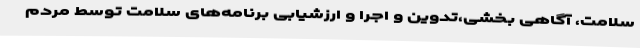
سلامت، آگاهی بخشی،تدوین و اجرا و ارزشیابی برنامه‌های سلامت توسط مردم